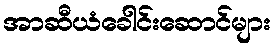
အာဆီယံခေါင်းဆောင်များ